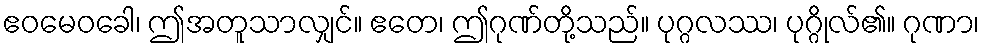
ဧဝမေဝခေါ၊ ဤအတူသာလျှင်။ ဧတေ၊ ဤဂုဏ်တို့သည်။ ပုဂ္ဂလဿ၊ ပုဂ္ဂိုလ်၏။ ဂုဏာ၊